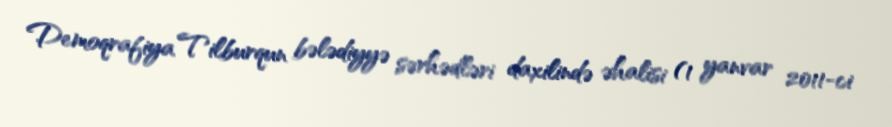
Demoqrafiya Tilburqun bələdiyyə sərhədləri daxilində əhalisi (1 yanvar 2011-ci